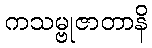
ကသမ္ဗုဇာတာနိ